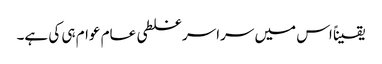
یقیناً اس میں سراسر غلطی عام عوام ہی کی ہے۔